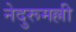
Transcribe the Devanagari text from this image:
नेदुरूमल्ली